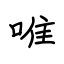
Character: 唯